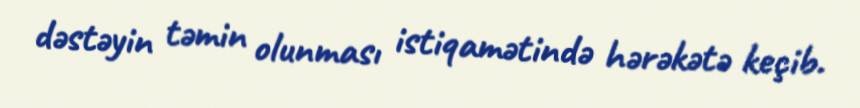
dəstəyin təmin olunması istiqamətində hərəkətə keçib.